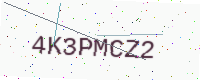
Text: 4K3PMCZ2